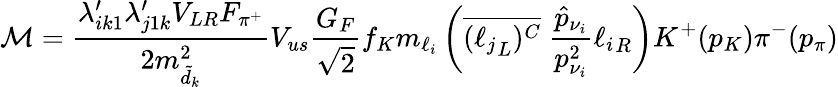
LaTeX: {\cal M}={\frac{\lambda_{ik1}^{\prime}\lambda_{j1k}^{\prime}V_{LR}F_{\pi^{+}}}{2m_{\tilde{d}_{k}}^{2}}}V_{us}\frac{G_{F}}{\sqrt{2}}f_{K}m_{\ell_{i}}\left(\overline{{{({\ell_{j}}_{L})^{C}}}}~{\frac{\hat{p}_{\nu_{i}}}{p_{\nu_{i}}^{2}}}{\ell_{i}}_{R}\right)K^{+}(p_{K})\pi^{-}(p_{\pi})